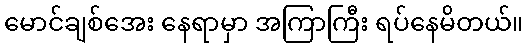
မောင်ချစ်အေး နေရာမှာ အကြာကြီး ရပ်နေမိတယ်။